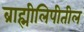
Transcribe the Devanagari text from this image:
ब्राह्मीलिपीतील